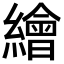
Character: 繪